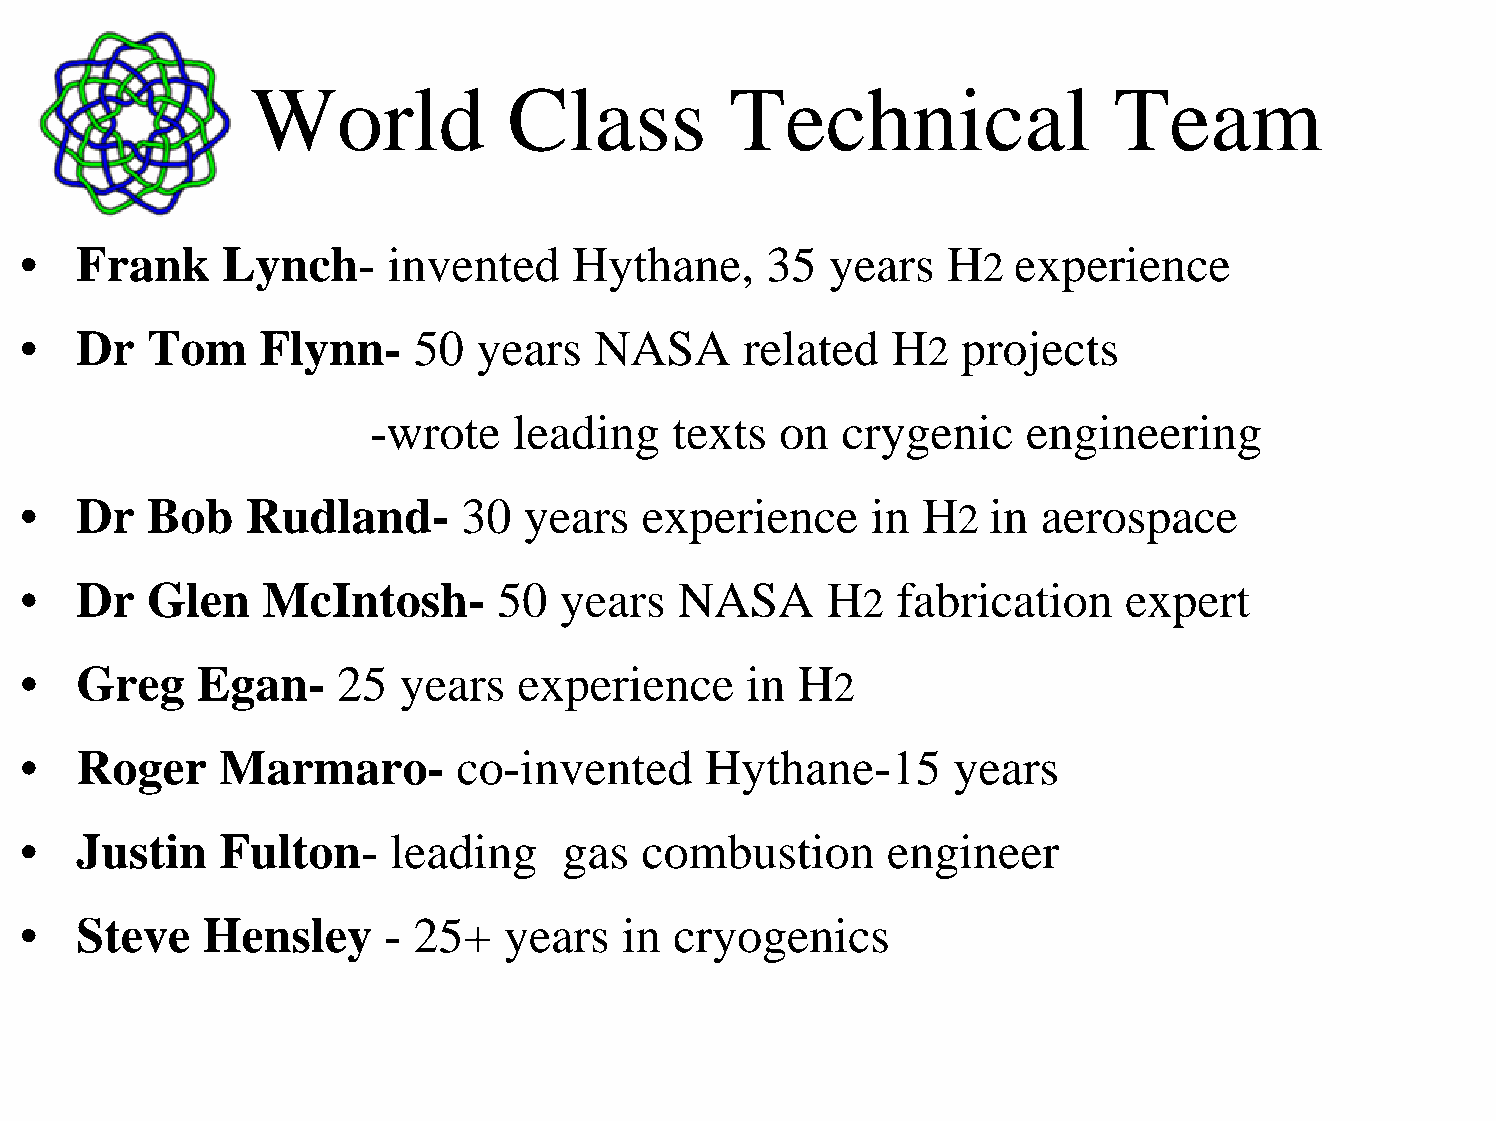
World            Class         Technical                 Team
 •   Frank     Lynch-     invented    Hythane,     35  years   H   experience
 2
 •   Dr   Tom    Flynn-    50   years  NASA      related   H    projects
 2
 -wrote   leading    texts  on  crygenic    engineering
 •   Dr   Bob   Rudland-       30  years   experience     in H    in aerospace
 2
 •   Dr   Glen   McIntosh-       50  years   NASA      H   fabrication     expert
 2
 •   Greg    Egan-    25   years  experience      in H
 2
 •   Roger     Marmaro-       co-invented      Hythane-15      years
 •   Justin    Fulton-    leading    gas   combustion      engineer
 •   Steve    Hensley     - 25+  years   in  cryogenics